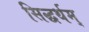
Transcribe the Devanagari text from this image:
सिद्धर्थम्